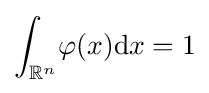
\int _{\mathbb {R} ^{n}}\!\varphi (x)\mathrm {d} x=1